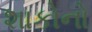
શાકોનો